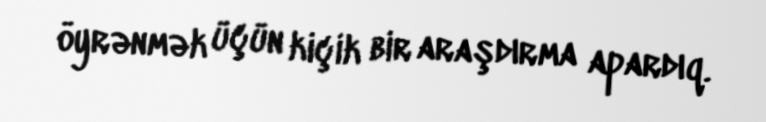
öyrənmək üçün kiçik bir araşdırma apardıq.